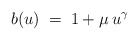
\begin{align*}b(u) \;=\; 1 + \mu \:u^\gamma \end{align*}